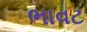
ભાવટ